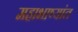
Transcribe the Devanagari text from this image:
महाभाष्यांत